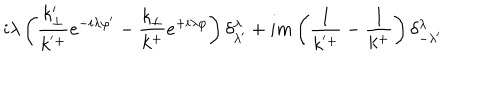
LaTeX: i \lambda \left( \frac { k _ { \perp } ^ { \prime } } { k ^ { ' + } } e ^ { - i \lambda \varphi ^ { \prime } } - \frac { k _ { \perp } } { k ^ { + } } e ^ { + i \lambda \varphi } \right) \delta _ { \lambda ^ { \prime } } ^ { \lambda } + i m \left( \frac { 1 } { k ^ { ' + } } - \frac { 1 } { k ^ { + } } \right) \delta _ { - \lambda ^ { \prime } } ^ { \lambda }